Report of the Municipal Commissioner on the plague in Bombay for the year ending 31st May... - Volume 2
Disease focus: Plague
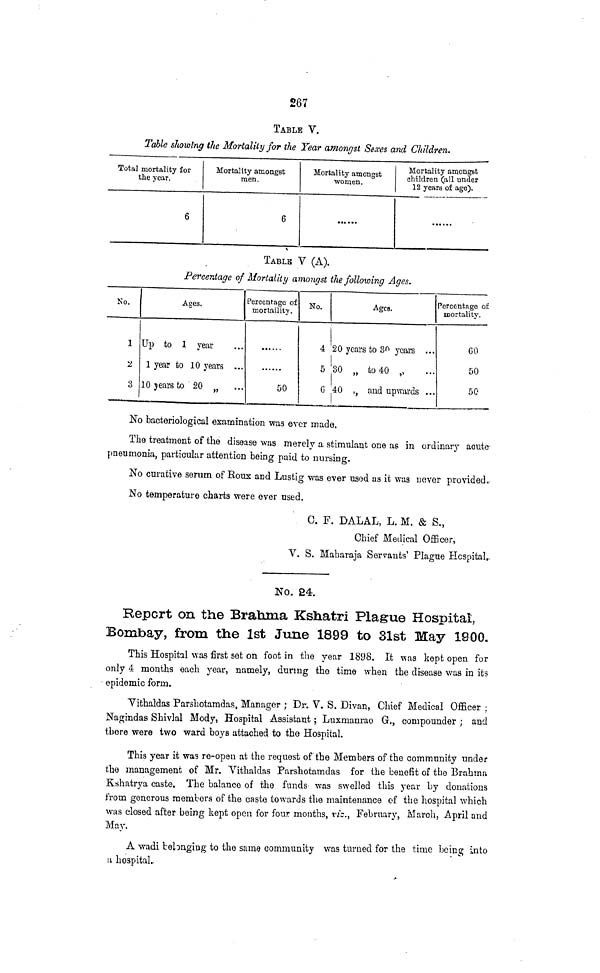
267
TABLE V.
Table showing the Mortality for the Year amongst Sexes and Children.
Total mortality for
the year.
6
Mortality amongst
men.
6
Mortality amongst
women.
Mortality amongst
children (all under
12 years of age).
TABLE V (A).
Percentage of Mortality amongst the following Ages.
No.
1
2
3
Ages.
Up to 1 year
1 year to 10 years ...
lOjearsto 20 „
Percentage of
mortaility.
>.....
50
No.
4
5
G
Ages.
20 years to 3^ years ...
30 „ to 40 „
40 ,, and upwards ...
Percentage of
mortality.
GO
50
50
No bacteriological examination was ever made.
The treatment of the disease was merely a stimulant one as in ordinary acute
pneumonia, particular attention being paid to nursing.
No curative serum of Koux and Lustig was ever usod as it was never provided.
No temperature charts were ever used.
C. F. DALAL, L. M. & S.,
Chief Medical Officer,
V. S. Maharaja Servants' Plague Hospital..
NO. 24.
Report on the Brahma Kshatri Plague Hospital,
Bombay, from the 1st June 1899 to 31st May 1900.
This Hospital was first set on foot in the year 1898. It was kept open for
only 4 months each year, namely, during the time when the disease was in its
• epidemic form.
Yithaldas Parshotamdas, Manager ; Dr. V. S. Divan, Chief Medical Officer ;
Nagindas Shivlal Mody, Hospital Assistant; Luxmanrao G., eompounder ; and
there were two ward boys attached to the Hospital.
This year it was re-open at the request of the Members of the community under
the management of Mr. Yithaldas Parshotamdas for the benefit of the Brahma
Kshatrya caste. The balance of the funds- was swelled this year by donations
from generous members of the caste towards the maintenance of the hospital which
was closed after being kept open for four months, no., February, March, April and
May.
A wadi belonging to the same community was turned for the time being into
:i hospital..